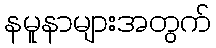
နမူနာများအတွက်